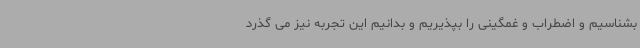
بشناسیم و اضطراب و غمگینی را بپذیریم و بدانیم این تجربه نیز می گذرد